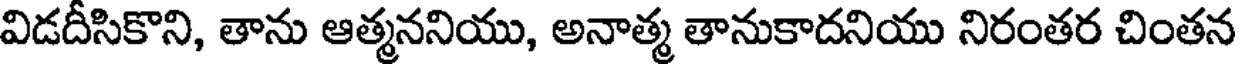
విడదీసికొని, తాను ఆత్మననియు, అనాత్మ తానుకాదనియు నిరంతర చింతన